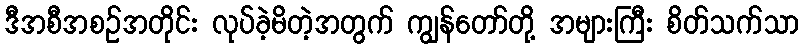
ဒီအစီအစဉ်အတိုင်း လုပ်ခဲ့မိတဲ့အတွက် ကျွန်တော်တို့ အများကြီး စိတ်သက်သာ